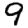
Digit: 9